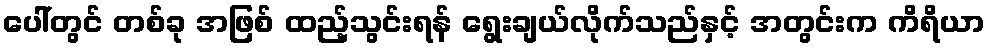
ပေါ်တွင် တစ်ခု အဖြစ် ထည့်သွင်းရန် ရွေးချယ်လိုက်သည်နှင့် အတွင်းက ကိရိယာ